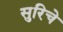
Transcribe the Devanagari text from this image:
सुरिचे